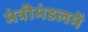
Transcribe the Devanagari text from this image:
मंत्रीमंडलमें